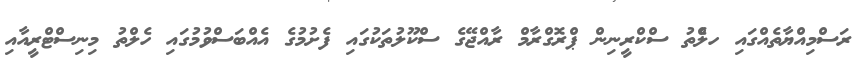
ރަސްމިއްޔާތެއްގައި ހލްެތު ސްކްރީނިން ޕްރޮގްރާމް ރާއްޖޭގެ ސްކޫލުތަކުގައި ފެށުމުގެ އެއްބަސްވުމުގައި ހެލްތު މިނިސްޓްރީއާއި